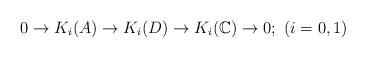
LaTeX: \begin{align*}0 \to K_i(A) \to K_i(D) \to K_i(\mathbb{C}) \to 0; \ (i=0,1)\end{align*}